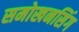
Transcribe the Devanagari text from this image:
समोखनसिंग